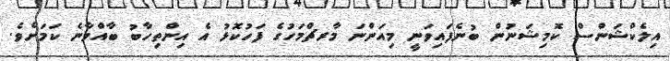
އިލެކްޝަންސް ކޮމިޝަނުން ބުނެފައިވަނީ މިއަންނަ މާރޗްމަހުގެ ފަހުކޮޅު އެ އިންތިހާބު ބާއްވާނެ ކަމަށެވެ.